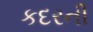
કદરની